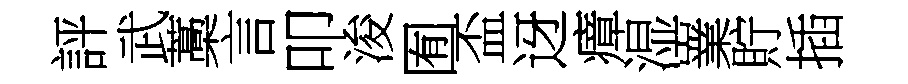
評武藁言叩浚囿盃迓瘴湿嶪貯插